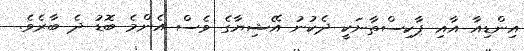
އިންޑިއާ އާއި ޕާކިސްތާނަކީ ދެކުނު އޭޝިޔާގެ ވެސް އެންމެ ބޮޑު ދެ ބާރެވެ.